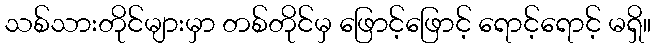
သစ်သားတိုင်များမှာ တစ်တိုင်မှ ဖြောင့်ဖြောင့် ရောင့်ရောင့် မရှိ။